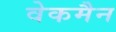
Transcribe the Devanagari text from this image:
वेकमैन